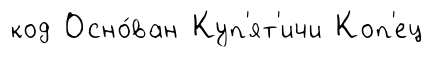
код Осно́ван Куп'ят'ичи Коп'ец